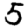
Digit: 5